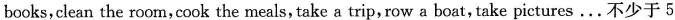
books，clean the room，cook the meals，take a trip，row a boat，take pictures. . . 不少于5